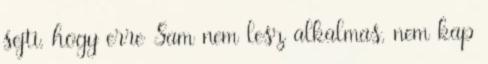
sejti, hogy erre Sam nem lesz alkalmas, nem kap